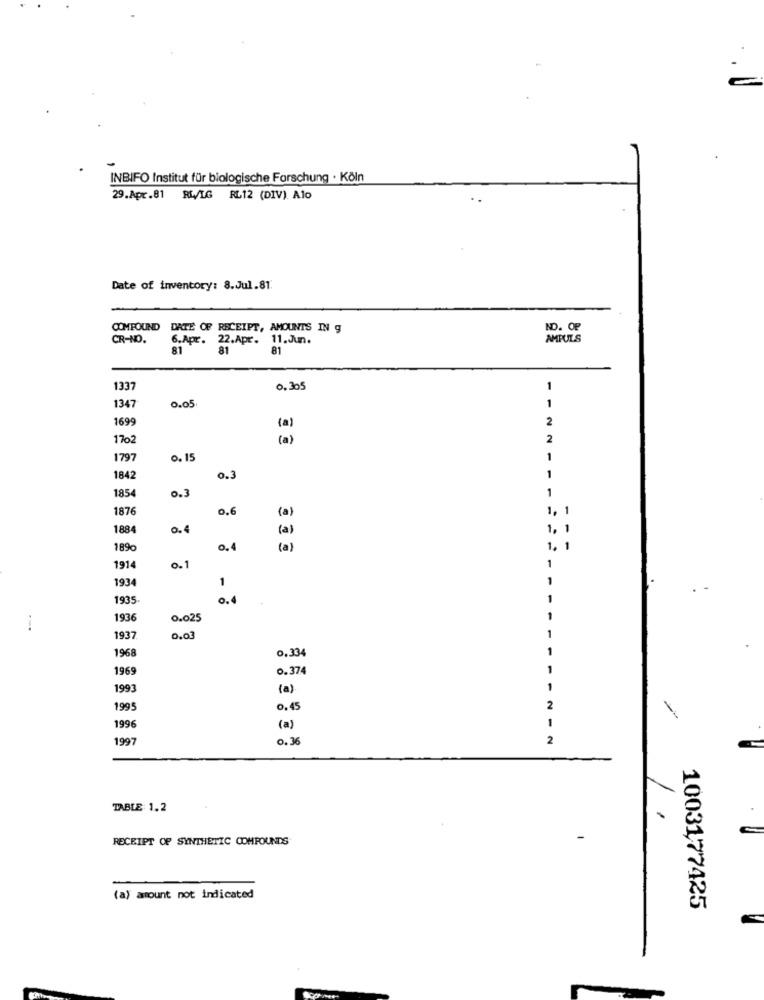
INBIFO Institut für biologische Forschung · Köln
29.Apr.81 RW/LG RL12 (DIV). Alo
Date of inventory: 8.Jul.81.
COMPOUND DATE OF RECEIPT, AMOUNTS IN g
NO. OF
CR-NO.
6.Apr. 22.Apr. 11.Jun.
AMPULS
81
81
81
1337
0.305
1
0.05
1
1347
1699
2
1702
2
1797
0. 15
1
1842
0.3
1
1854
0.3
1
1876
0.6
1, 1
(a)
1884
(a)
1, 1
189%
0.4
(a)
1. 1
1914
0.1
1
1934
1
1935
0.4
1936
0.025
1937
0.03
1
1968
0,334
1969
0.374
1993
(a)
1995
0,45
2
1
--
1996
(a)
1997
0.36
2
TABLE 1.2
RECEIPT OF SYNTHETIC COMPOUNDS
(a) amount not indicated
1003177425